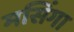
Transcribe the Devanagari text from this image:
मसिंगा